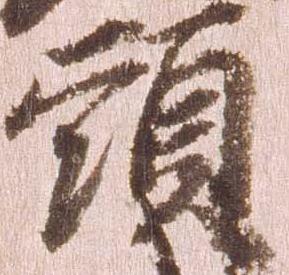
頭